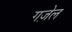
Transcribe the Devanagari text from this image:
गज़ेल